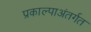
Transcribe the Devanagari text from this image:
प्रकाल्पाअंतर्गत